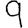
Digit: 9